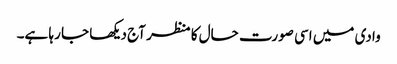
وادی میں اسی صورت حال کا منظر آج دیکھا جا رہا ہے۔